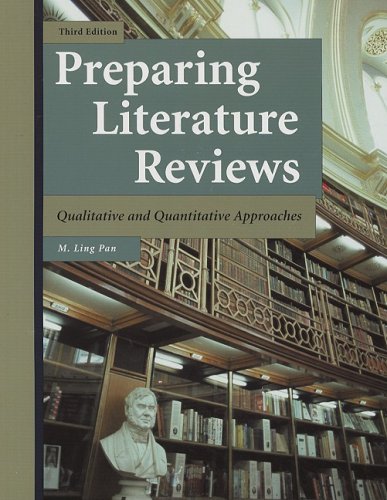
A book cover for Preparing Literature Reviews: Qualitative and Quantitative Approaches; M. Ling Pan; Literature & Fiction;